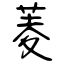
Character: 菱